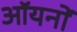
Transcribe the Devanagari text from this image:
ऑयनों